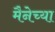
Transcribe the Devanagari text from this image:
मैनेच्या